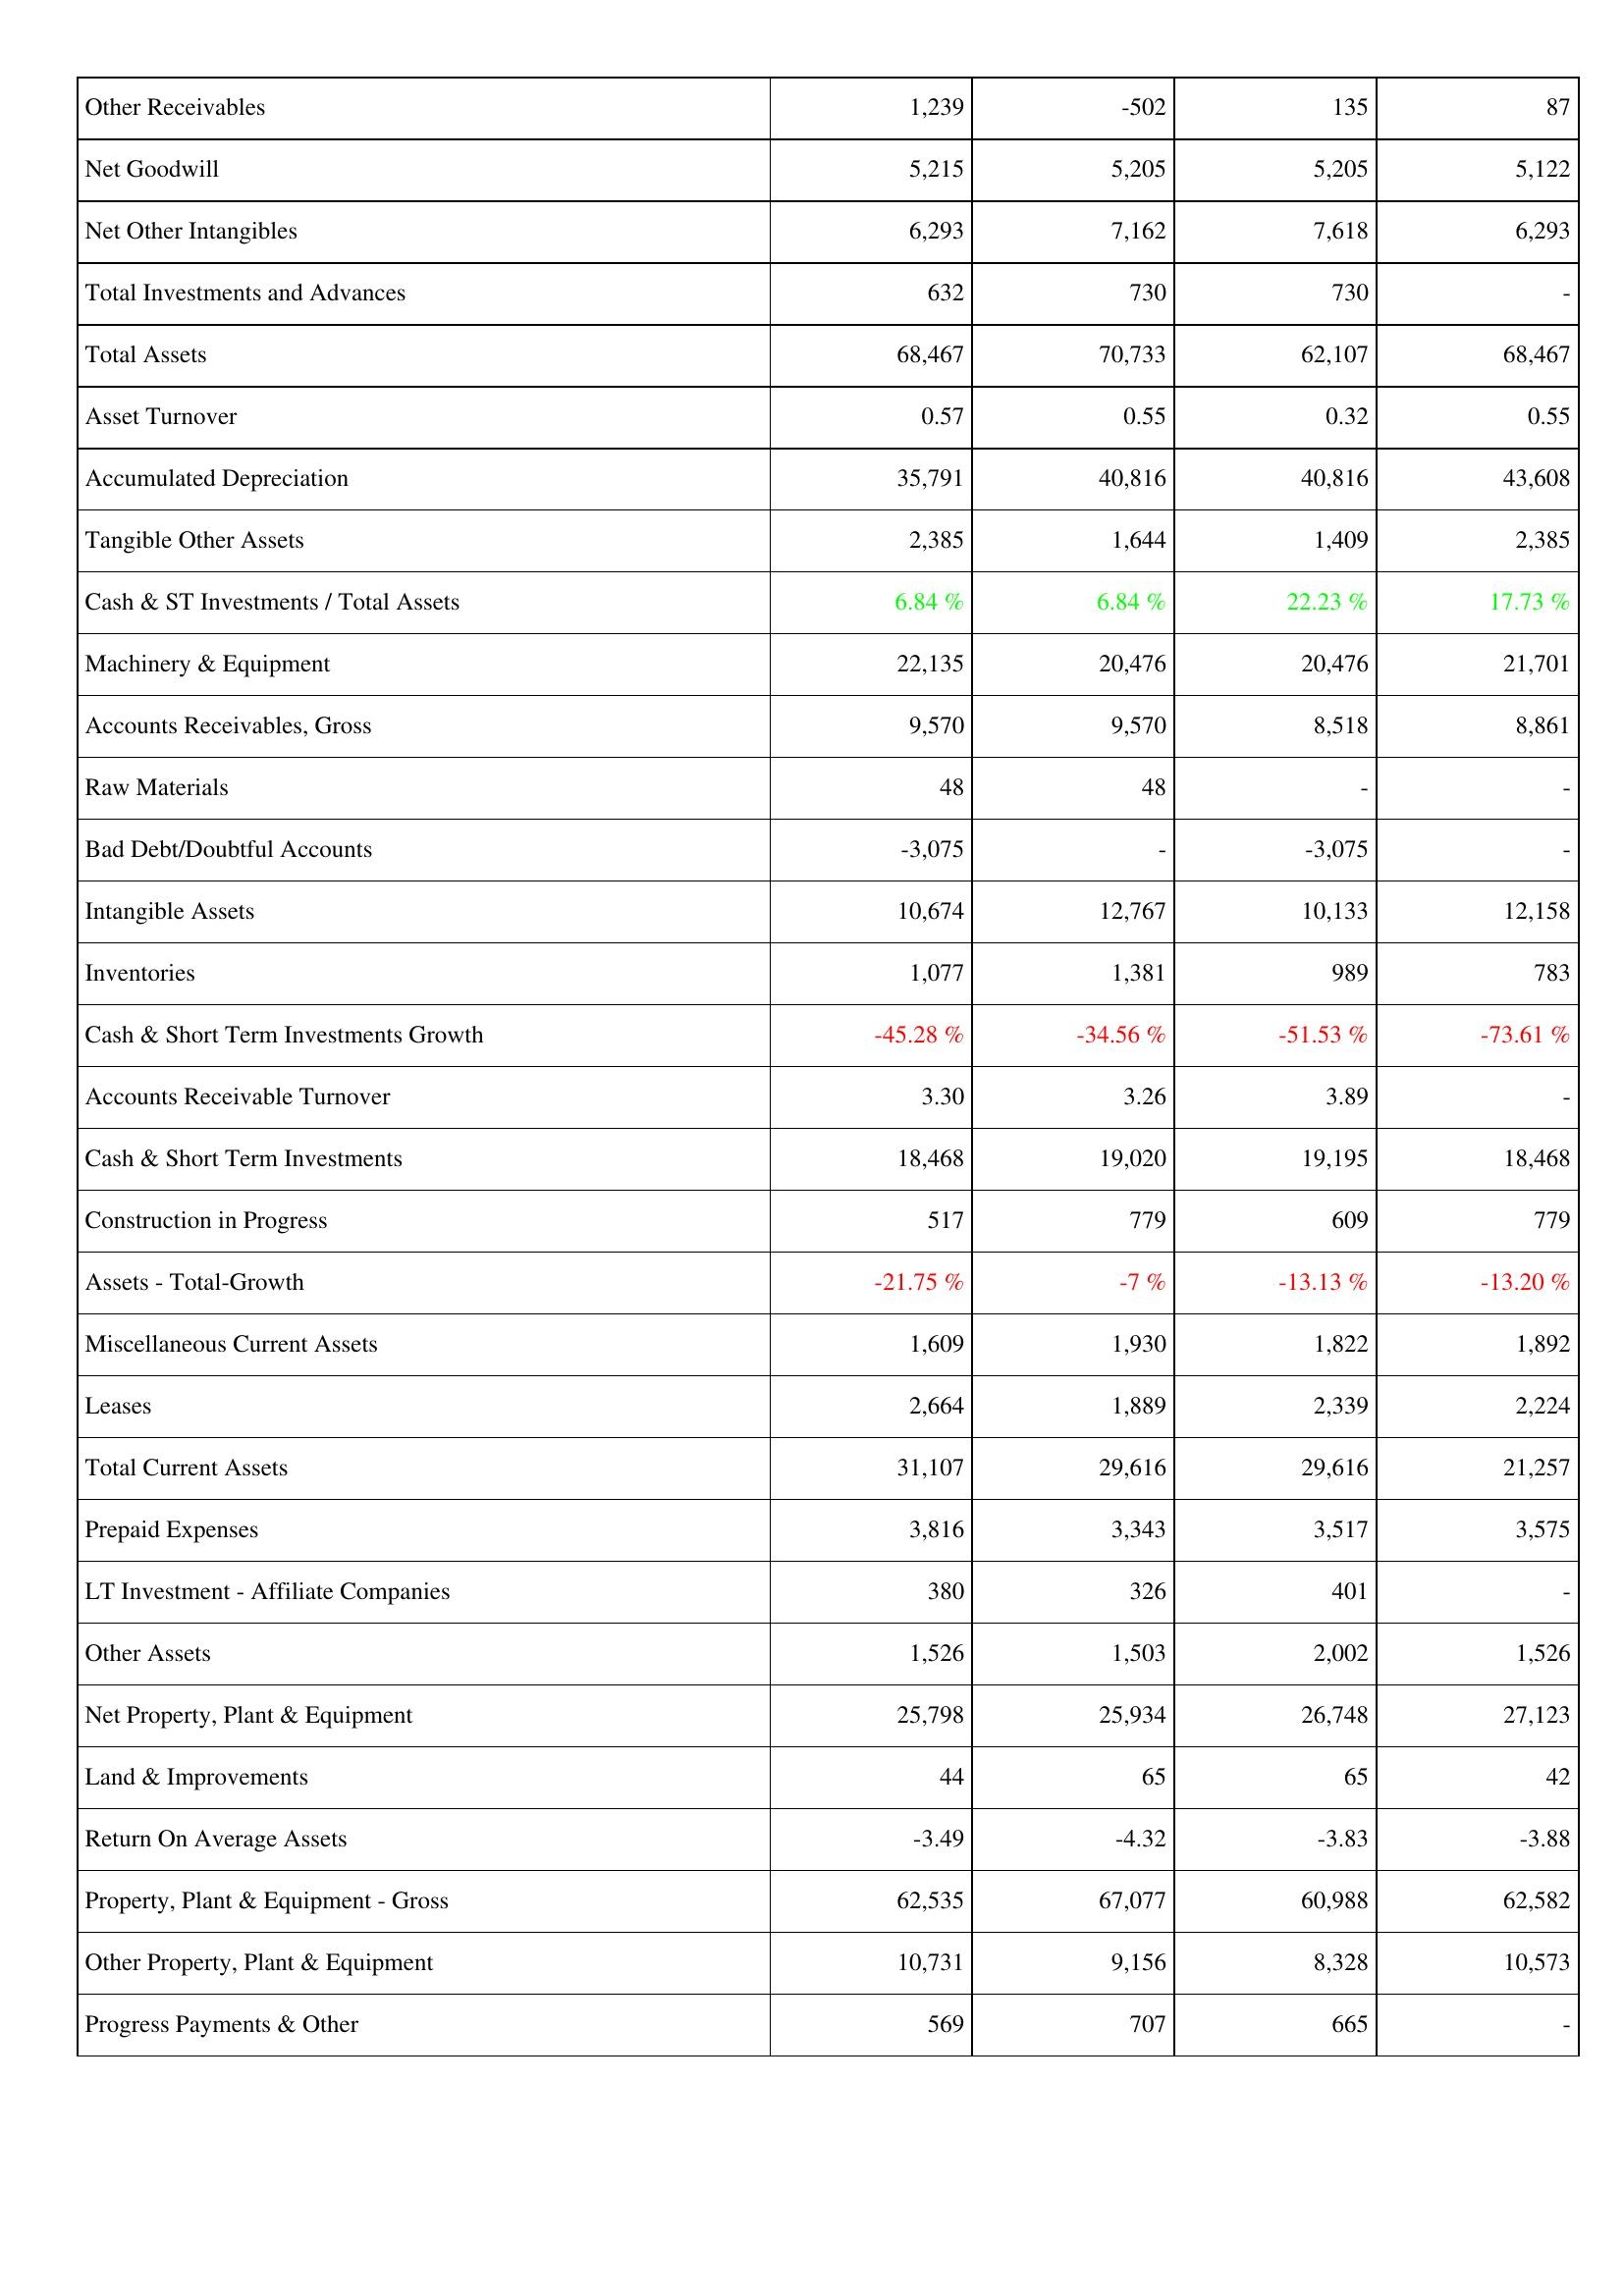
2009: Assets: Other Receivables: 1,239
Net Goodwill: 5,215
Net Other Intangibles: 6,293
Total Investments and Advances: 632
Total Assets: 68,467
Asset Turnover: 0.57
Accumulated Depreciation: 35,791
Tangible Other Assets: 2,385
Cash & ST Investments / Total Assets: 6.84 %
Machinery & Equipment: 22,135
Accounts Receivables, Gross: 9,570
Raw Materials: 48
Bad Debt/Doubtful Accounts: -3,075
Intangible Assets: 10,674
Inventories: 1,077
Cash & Short Term Investments Growth: -45.28 %
Accounts Receivable Turnover: 3.30
Cash & Short Term Investments: 18,468
Construction in Progress: 517
Assets - Total-Growth: -21.75 %
Miscellaneous Current Assets: 1,609
Leases: 2,664
Total Current Assets: 31,107
Prepaid Expenses: 3,816
LT Investment - Affiliate Companies: 380
Other Assets: 1,526
Net Property, Plant & Equipment: 25,798
Land & Improvements: 44
Return On Average Assets: -3.49
Property, Plant & Equipment - Gross: 62,535
Other Property, Plant & Equipment: 10,731
Progress Payments & Other: 569
2010: Assets: Other Receivables: -502
Net Goodwill: 5,205
Net Other Intangibles: 7,162
Total Investments and Advances: 730
Total Assets: 70,733
Asset Turnover: 0.55
Accumulated Depreciation: 40,816
Tangible Other Assets: 1,644
Cash & ST Investments / Total Assets: 6.84 %
Machinery & Equipment: 20,476
Accounts Receivables, Gross: 9,570
Raw Materials: 48
Bad Debt/Doubtful Accounts: -
Intangible Assets: 12,767
Inventories: 1,381
Cash & Short Term Investments Growth: -34.56 %
Accounts Receivable Turnover: 3.26
Cash & Short Term Investments: 19,020
Construction in Progress: 779
Assets - Total-Growth: -7 %
Miscellaneous Current Assets: 1,930
Leases: 1,889
Total Current Assets: 29,616
Prepaid Expenses: 3,343
LT Investment - Affiliate Companies: 326
Other Assets: 1,503
Net Property, Plant & Equipment: 25,934
Land & Improvements: 65
Return On Average Assets: -4.32
Property, Plant & Equipment - Gross: 67,077
Other Property, Plant & Equipment: 9,156
Progress Payments & Other: 707
2011: Assets: Other Receivables: 135
Net Goodwill: 5,205
Net Other Intangibles: 7,618
Total Investments and Advances: 730
Total Assets: 62,107
Asset Turnover: 0.32
Accumulated Depreciation: 40,816
Tangible Other Assets: 1,409
Cash & ST Investments / Total Assets: 22.23 %
Machinery & Equipment: 20,476
Accounts Receivables, Gross: 8,518
Raw Materials: -
Bad Debt/Doubtful Accounts: -3,075
Intangible Assets: 10,133
Inventories: 989
Cash & Short Term Investments Growth: -51.53 %
Accounts Receivable Turnover: 3.89
Cash & Short Term Investments: 19,195
Construction in Progress: 609
Assets - Total-Growth: -13.13 %
Miscellaneous Current Assets: 1,822
Leases: 2,339
Total Current Assets: 29,616
Prepaid Expenses: 3,517
LT Investment - Affiliate Companies: 401
Other Assets: 2,002
Net Property, Plant & Equipment: 26,748
Land & Improvements: 65
Return On Average Assets: -3.83
Property, Plant & Equipment - Gross: 60,988
Other Property, Plant & Equipment: 8,328
Progress Payments & Other: 665
2012: Assets: Other Receivables: 87
Net Goodwill: 5,122
Net Other Intangibles: 6,293
Total Investments and Advances: -
Total Assets: 68,467
Asset Turnover: 0.55
Accumulated Depreciation: 43,608
Tangible Other Assets: 2,385
Cash & ST Investments / Total Assets: 17.73 %
Machinery & Equipment: 21,701
Accounts Receivables, Gross: 8,861
Raw Materials: -
Bad Debt/Doubtful Accounts: -
Intangible Assets: 12,158
Inventories: 783
Cash & Short Term Investments Growth: -73.61 %
Accounts Receivable Turnover: -
Cash & Short Term Investments: 18,468
Construction in Progress: 779
Assets - Total-Growth: -13.20 %
Miscellaneous Current Assets: 1,892
Leases: 2,224
Total Current Assets: 21,257
Prepaid Expenses: 3,575
LT Investment - Affiliate Companies: -
Other Assets: 1,526
Net Property, Plant & Equipment: 27,123
Land & Improvements: 42
Return On Average Assets: -3.88
Property, Plant & Equipment - Gross: 62,582
Other Property, Plant & Equipment: 10,573
Progress Payments & Other: -